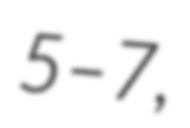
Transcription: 5–7,